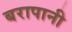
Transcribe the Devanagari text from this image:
बरापानी